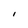
Character: I